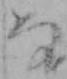
な